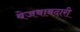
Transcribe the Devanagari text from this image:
बेजबाबदारी